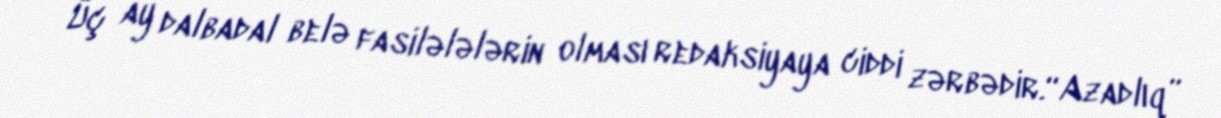
Üç ay dalbadal belə fasilələlərin olması redaksiyaya ciddi zərbədir.“Azadlıq”